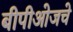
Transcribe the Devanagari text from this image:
बीपीओजचे